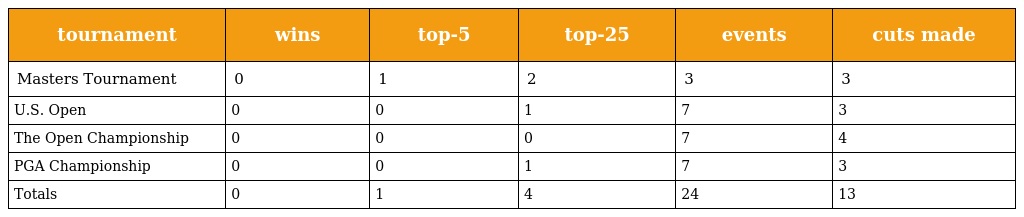
| tournament | wins | top-5 | top-25 | events | cuts made |
 | --- | --- | --- | --- | --- | --- |
 | Masters Tournament | 0 | 1 | 2 | 3 | 3 |
 | U.S. Open | 0 | 0 | 1 | 7 | 3 |
 | The Open Championship | 0 | 0 | 0 | 7 | 4 |
 | PGA Championship | 0 | 0 | 1 | 7 | 3 |
 | Totals | 0 | 1 | 4 | 24 | 13 |